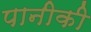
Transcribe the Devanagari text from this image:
पानीकी